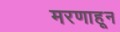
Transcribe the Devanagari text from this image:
मरणाहून